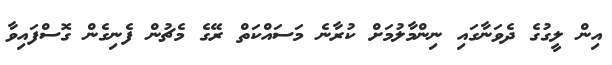
އިން ލީގުގެ ދެވަނާގައި ނިންމާލުމަށް ކުރާނެ މަސައްކަތް ރޭގެ މެޗުން ފެނިގެން ގޮސްފައިވާ